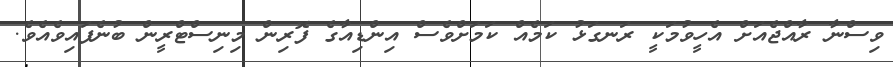
ވިސްނާ ރާއްޖެއަށް އެހީވުމަކީ ރަނގަޅު ކަމެއް ކަމަށްވެސް އިންޑިއާގެ ފޮރިން މިނިސްޓްރީން ބުނެފައިވެއެވެ.